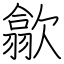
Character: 歙